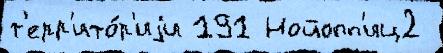
т'ерр'ито́р'иjи 191 Нойопп'иц2